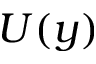
U ( y )